Scottish Leaving Certificate Examination, 1956
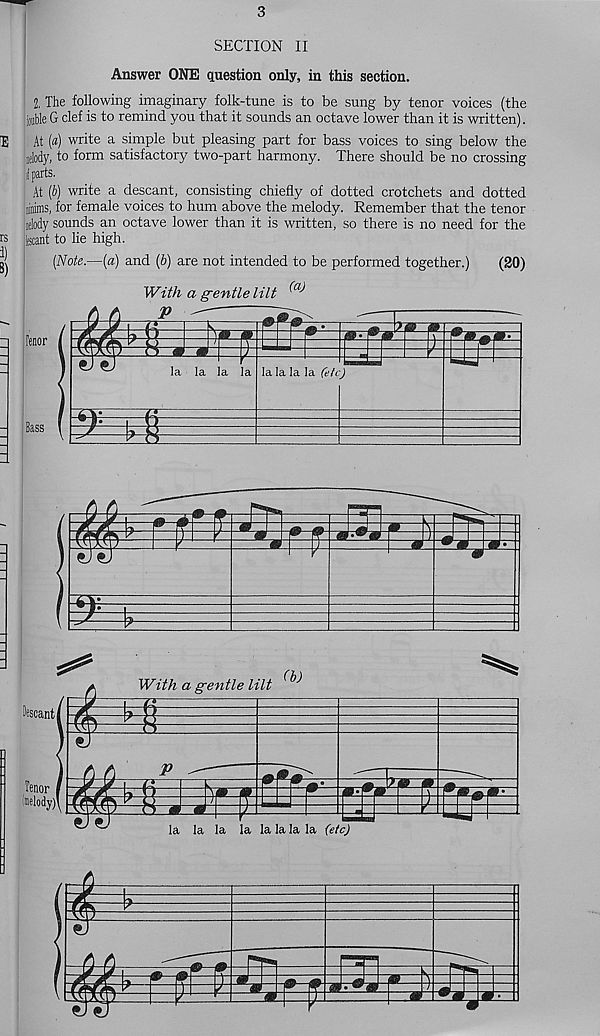
3
SECTION II
Answer ONE question only, in this section.
IE
rs
i)
8)
2, The following imaginary folk-tune is to be sung by tenor voices (the
jonble G clef is to remind you that it sounds an octave lower than it is written).
At (a) write a simple but pleasing part for bass voices to sing below the
nelody, to form satisfactory two-part harmony. There should be no crossing
i f parts.
At (b) write a descant, consisting chiefly of dotted crotchets and dotted
linimsf for female voices to hum above the melody. Remember that the tenor
idody sounds an octave lower than it is written, so there is no need for the
tecant to lie high.
(Note.—(a) and (b) are not intended to be performed together.)
(20)
With a gentle lilt ®